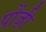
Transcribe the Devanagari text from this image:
पोंज़ी